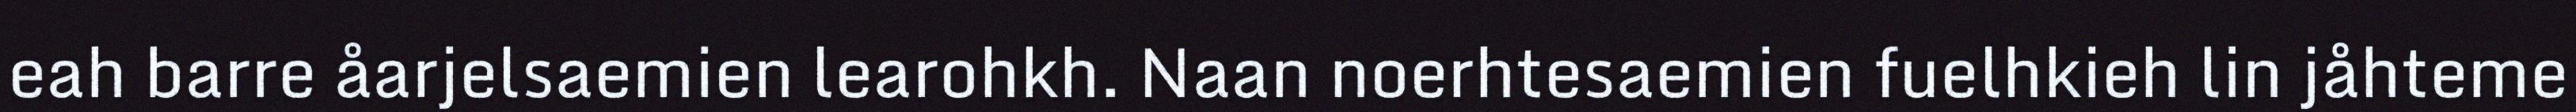
eah barre åarjelsaemien learohkh. Naan noerhtesaemien fuelhkieh lin jåhteme